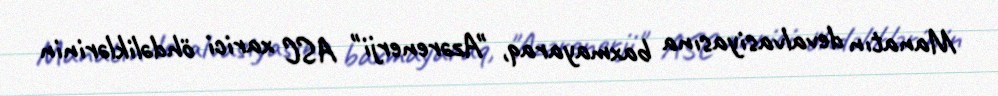
Manatın devalvasiyasına baxmayaraq, "Azərenerji" ASC xarici öhdəliklərinin